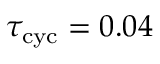
\tau _ { \mathrm { c y c } } = 0 . 0 4